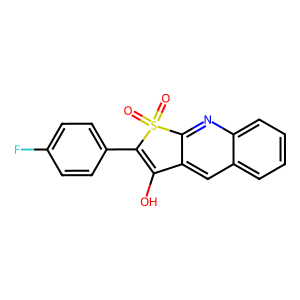
SMILES: O=S1(=O)C(c2ccc(F)cc2)=C(O)c2cc3ccccc3nc21
Inhibits HIV replication: No